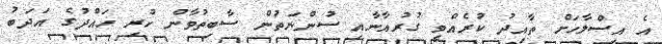
އެ އިސްލާހަށް ތާއިދު ކުރެއްވީ ގުރުއާނާއި ސުންނަތުން ސާބިތުވާން ހުރި ހައްދުގެ އަދަބު